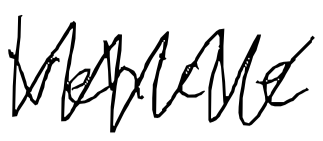
Text: Vehicle
Cross-out: mix
Writing tool: digital_black